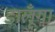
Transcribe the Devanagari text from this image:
डालूँगा